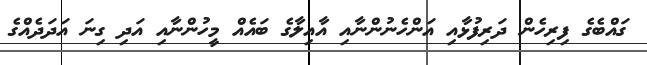
ގައްބެގެ ފިރިހެން ދަރިފުޅާއި އަންހެނުންނާއި އާއިލާގެ ބައެއް މީހުންނާއި އަދި ގިނަ އަދަދެއްގެ